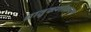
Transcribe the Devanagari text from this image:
धातुकणीकरण